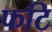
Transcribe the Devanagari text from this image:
फटि